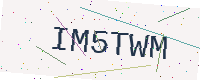
Text: IM5TWM